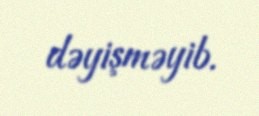
dəyişməyib.